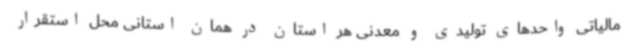
مالیاتی واحدهای تولیدی و معدنی هر استان در همان استانی محل استقرار